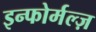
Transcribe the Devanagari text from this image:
इन्फोर्मल्ज़